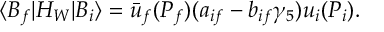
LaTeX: \langle B _ { f } \vert H _ { W } \vert B _ { i } \rangle = \bar { u } _ { f } ( P _ { f } ) ( a _ { i f } - b _ { i f } \gamma _ { 5 } ) u _ { i } ( P _ { i } ) .